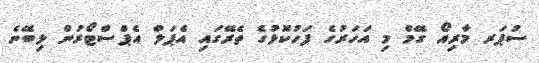
ސުޕަރ މާރިއޯ ގޭމް މި އަހަރުގެ ފަހުކޮޅުގެ ތެރޭގައި އެޕަލް އެޕްސްޓޯރުން ލިބޭނެ